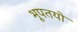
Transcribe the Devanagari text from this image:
भूपतयो